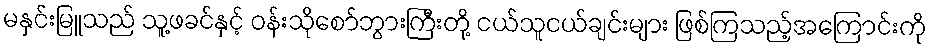
မနှင်းမြူသည် သူ့ဖခင်နှင့် ဝန်းသိုစော်ဘွားကြီးတို့ ငယ်သူငယ်ချင်းများ ဖြစ်ကြသည့်အကြောင်းကို